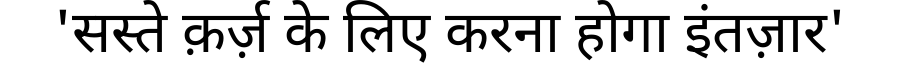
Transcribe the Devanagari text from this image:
'सस्ते क़र्ज़ के लिए करना होगा इंतज़ार'